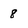
Character: 8